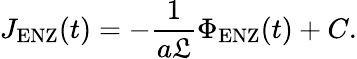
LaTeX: J_{\mathrm{ENZ}}(t)=-\frac{1}{a\mathfrak{L}}\Phi_{\mathrm{ENZ}}(t)+C.